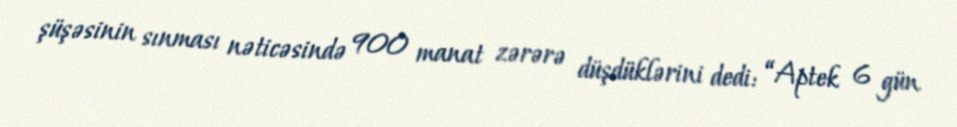
şüşəsinin sınması nəticəsində 900 manat zərərə düşdüklərini dedi: “Aptek 6 gün